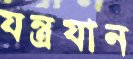
যন্ত্রযান